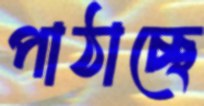
পাঠাচ্ছে